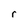
Character: r